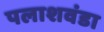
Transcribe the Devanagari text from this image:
पलाशवंडा